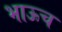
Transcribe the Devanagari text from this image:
भाऊच